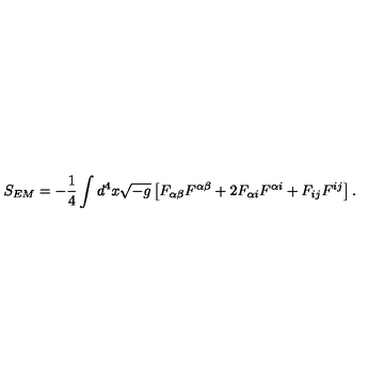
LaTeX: S _ { E M } = - { \frac { 1 } { 4 } } \int d ^ { 4 } x { \sqrt { - g } } \left[ F _ { \alpha \beta } F ^ { \alpha \beta } + 2 F _ { \alpha i } F ^ { \alpha i } + F _ { i j } F ^ { i j } \right] .